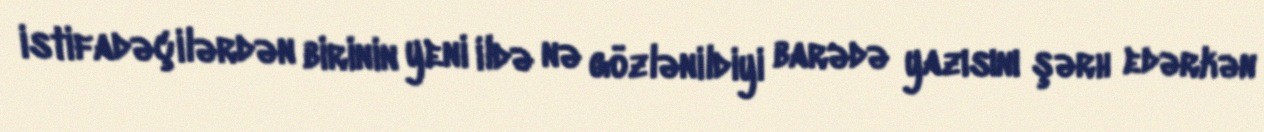
istifadəçilərdən birinin yeni ildə nə gözlənildiyi barədə yazısını şərh edərkən